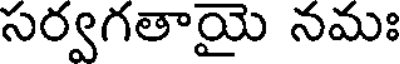
సర్వగతాయై నమః